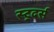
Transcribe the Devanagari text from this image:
स्ट्रदर्स